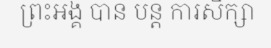
ព្រះអង្គ បាន បន្ត ការសិក្សា